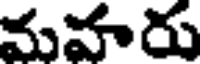
మహరు